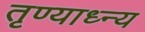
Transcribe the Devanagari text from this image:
तृण्याध्न्य